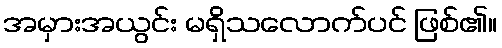
အမှားအယွင်း မရှိသလောက်ပင် ဖြစ်၏။